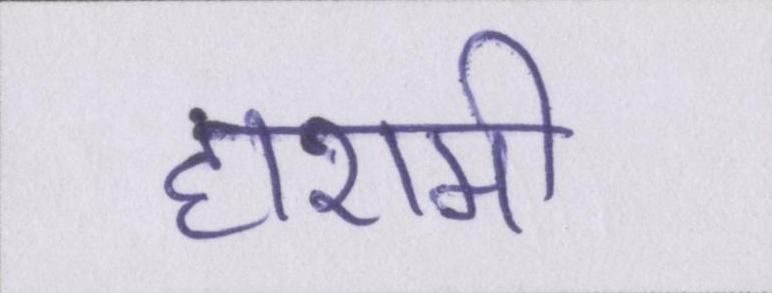
हाशमी